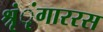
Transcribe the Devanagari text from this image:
श्रृंृंगाररस